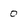
Character: 0